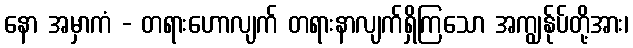
နော အမှာကံ - တရားဟောလျက် တရားနာလျက်ရှိကြသော အကျွန်ုပ်တို့အား၊